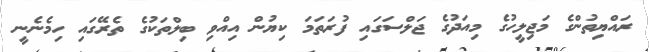
ރައްޔިތުންގެ މަޖިލީހުގެ މިއަދުގެ ޖަލްސަގައި ފުރަތަމަ ކިޔުން އިއްވި ބިލްތަކުގެ ތެރޭގައި ހިމެނެނީ